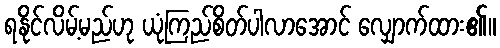
ရနိုင်လိမ့်မည်ဟု ယုံကြည်စိတ်ပါလာအောင် လျှောက်ထား၏။